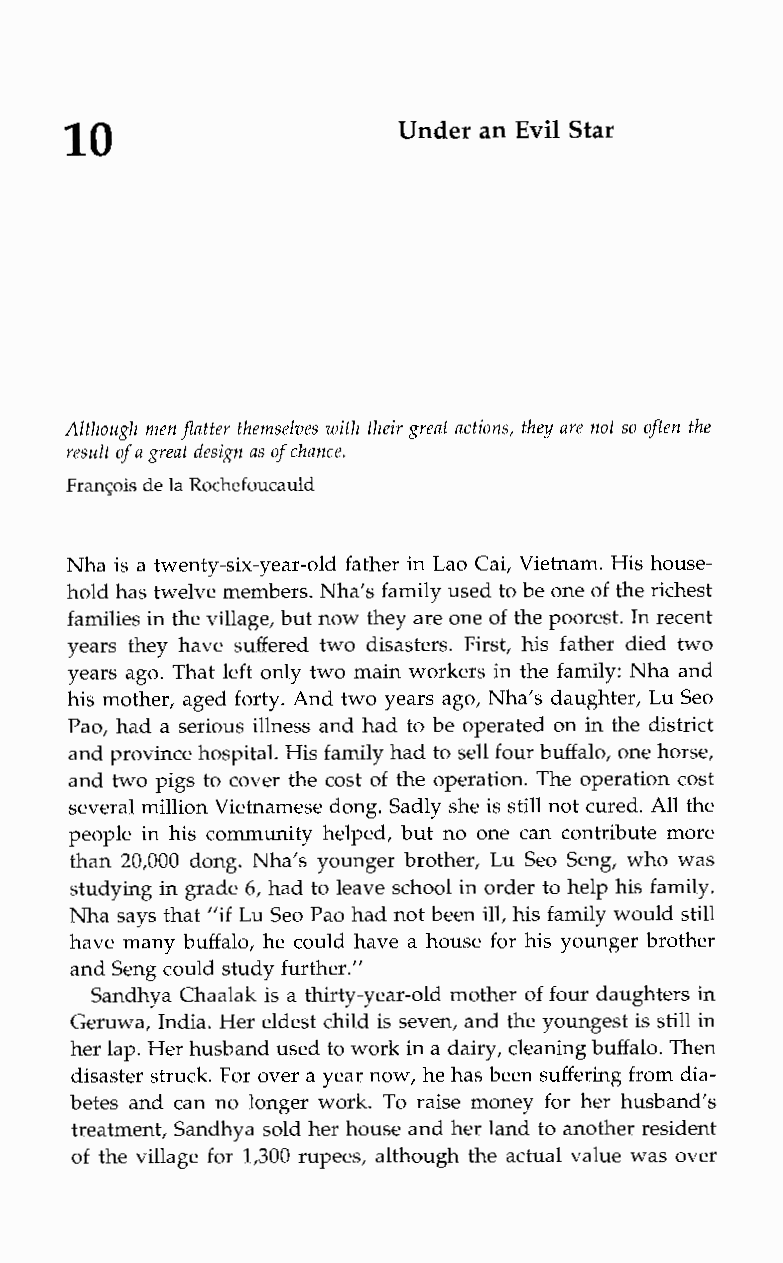
10                    Under an Evil Star
 Although men flatter themselves with their great actions, they are not so often the
 result of a great design as of chance.
 Franqois de la Rochefoucauld
 Nha is a twenty-six-year-old father in Lao Cai, Vietnam. His house-
 hold has twelve members. Nha’s family used to be one of the richest
 families in the village, but now they are one of the poorest. In recent
 years they have suffered two disasters. First, his father died two
 years ago. That left only two main workers in the family: Nha and
 his mother, aged forty. And two years ago, Nha’s daughter, Lu Seo
 Pao, had a serious illness and had to be operated on in the district
 and province hospital. Hisf amily had to sell four buffalo, one horse,
 and two pigs to cover the cost of the operation. The operation cost
 several million Vietnamese dong. Sadly she is still not cured. All the
 people in his community helped, but no one can contribute more
 than 20,000 dong. Nha’s younger brother, Lu Seo Seng, who was
 studying in grade 6, had to leave school in order to help his family.
 Nha says that “if Lu Seo Pao had not been ill, his family would still
 have many buffalo, he could have a house for his younger brother
 and Seng could study further.”
 Sandhya Chaalak is a thirty-year-old mother of four daughters in
 Geruwa, India. Her eldest child is seven, and the youngest is still in
 her lap. Her husband used to workin a dairy, cleaning buffalo. Then
 disaster struck. For over a year now, heh as been suffering from dia-
 betes and can no longer work. To raise money for her husband’s
 treatment, Sandhya sold her house and her land to another resident
 of the village for 1,300 rupees, although the actual value was over